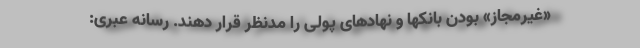
«غیرمجاز» بودن بانکها و نهادهای پولی را مدنظر قرار دهند. رسانه عبری: